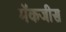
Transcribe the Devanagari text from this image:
मॅकजीस